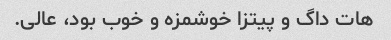
هات داگ و پیتزا خوشمزه و خوب بود، عالی.